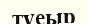
түеыр